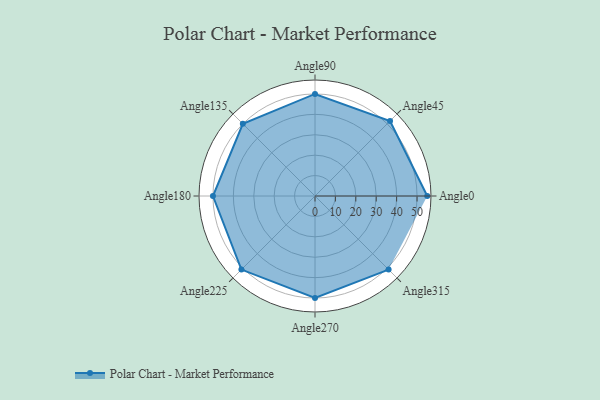
{"axis": {"x": "Angle", "y": "Radius"}, "legend": [""], "data": [{"x": "Angle0", "y": 55.0, "type": ""}, {"x": "Angle45", "y": 52.0, "type": ""}, {"x": "Angle90", "y": 50, "type": ""}, {"x": "Angle135", "y": 50, "type": ""}, {"x": "Angle180", "y": 50, "type": ""}, {"x": "Angle225", "y": 51.0, "type": ""}, {"x": "Angle270", "y": 50, "type": ""}, {"x": "Angle315", "y": 51.0, "type": ""}]}